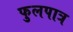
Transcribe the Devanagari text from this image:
फुलपात्र